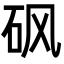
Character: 砜